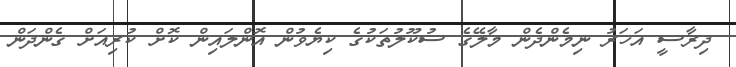
ދިރާސީ އަހަރު ނިމެންދެން މާލޭގެ ސުކޫލުތަކުގެ ކިޔެވުން އޮންލައިން ކޮށް ކުރިއަށް ގެންދަން